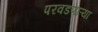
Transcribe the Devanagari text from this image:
परवडणाऱ्या